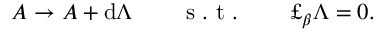
A \to A + \mathrm { d } \Lambda \qquad \mathrm { ~ s ~ . ~ t ~ . ~ } \qquad \pounds _ { \beta } \Lambda = 0 .